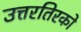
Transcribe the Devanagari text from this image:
उत्तरतिरको